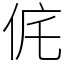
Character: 侂